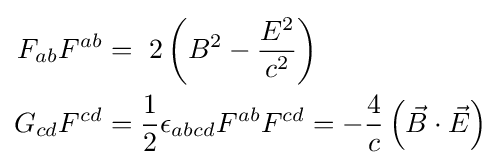
{\begin{aligned}F_{ab}F^{ab}&=\ 2\left(B^{2}-{\frac {E^{2}}{c^{2}}}\right)\\G_{cd}F^{cd}&={\frac {1}{2}}\epsilon _{abcd}F^{ab}F^{cd}=-{\frac {4}{c}}\left({\vec {B}}\cdot {\vec {E}}\right)\end{aligned}}